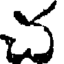
చ